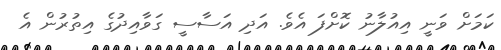
ކަމަށް ވަނީ އިއުލާނު ކޮށްފަ އެވެ. އަދި އަސާސީ ގަވާއިދުގެ އިތުރުން އެ